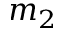
m _ { 2 }